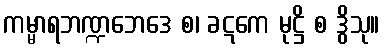
ကမ္မာရဘဏ္ဍဘေဒေ စ၊ ခဋကေ မုဋ္ဌိ စ ဒွိသု။